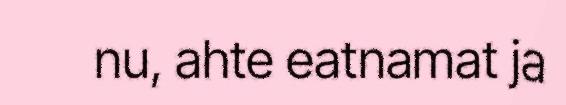
nu, ahte eatnamat ja